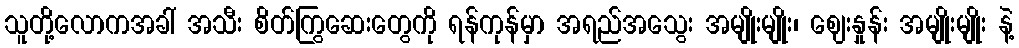
သူတို့လောကအခါ် အသီး စိတ်ကြွဆေးတွေကို ရန်ကုန်မှာ အရည်အသွေး အမျိုးမျိုး၊ ဈေးနှုန်း အမျိုးမျိုး နဲ့